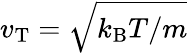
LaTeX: v_{\mathrm{T}}=\sqrt{k_{\mathrm{B}}T/m}